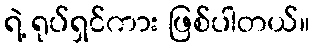
ရဲ့ ရုပ်ရှင်ကား ဖြစ်ပါတယ်။